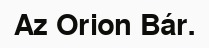
Az Orion Bár.